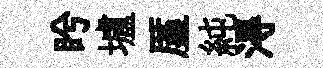
盻壚厪純淂